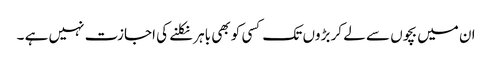
ان میں بچوں سے لے کر بڑوں تک کسی کو بھی باہر نکلنے کی اجازت نہیں ہے ۔